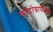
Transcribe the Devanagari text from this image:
फोटोग्राफीच्या